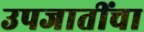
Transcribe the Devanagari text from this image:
उपजातींचा